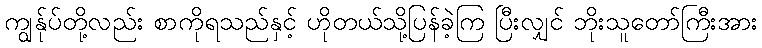
ကျွန်ုပ်တို့လည်း စာကိုရသည်နှင့် ဟိုတယ်သို့ပြန်ခဲ့ကြ ပြီးလျှင် ဘိုးသူတော်ကြီးအား